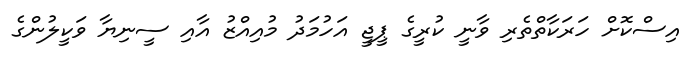
އިސްކޮށް ހަރަކާތްތެރި ވާނީ ކުރީގެ ޕީޖީ އަހުމަދު މުއިއްޒު އާއި ސީނިޔާ ވަކީލުންގެ